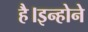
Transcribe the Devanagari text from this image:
है।इन्होने